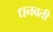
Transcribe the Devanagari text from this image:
धनबती